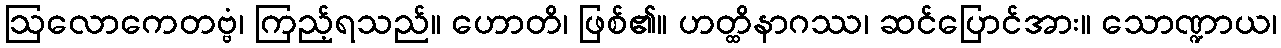
ဩလောကေတဗ္ဗံ၊ ကြည့်ရသည်။ ဟောတိ၊ ဖြစ်၏။ ဟတ္ထိနာဂဿ၊ ဆင်ပြောင်အား။ သောဏ္ဍာယ၊